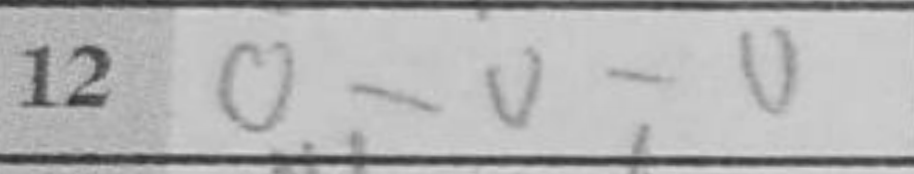
Transcription: O-O-O